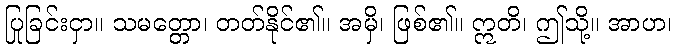
ပြုခြင်းငှာ။ သမတ္တော၊ တတ်နိုင်၏။ အမှိ၊ ဖြစ်၏။ ဣတိ၊ ဤသို့။ အာဟ၊